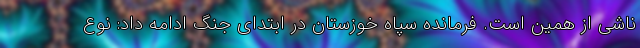
ناشی از همین است. فرمانده سپاه خوزستان در ابتدای جنگ ادامه داد: نوع